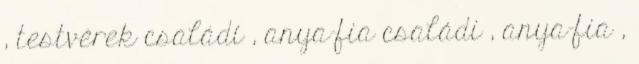
, testvérek családi , anya-fia családi , anya-fia ,